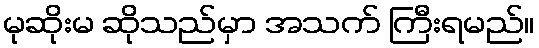
မုဆိုးမ ဆိုသည်မှာ အသက် ကြီးရမည်။